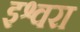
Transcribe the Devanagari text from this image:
इश्वरा